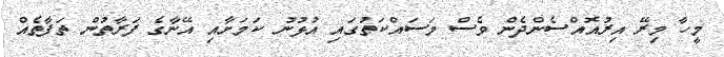
މީހާ މިރޭ އިރުއޮއްސެންދެން ވެސް މަސައްކަތުގައި އުޅުނު ކަމަށާއި އޭނާގެ ފަރާތުން ތަފާތެއް